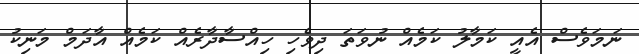
ނަމަވެސް އެއީ ކަމާލު ކަމެއް ނުވަތަ ދިވެހި ހިއްސާދާރެއް ކަމެއް އާދަމް މަނިކު